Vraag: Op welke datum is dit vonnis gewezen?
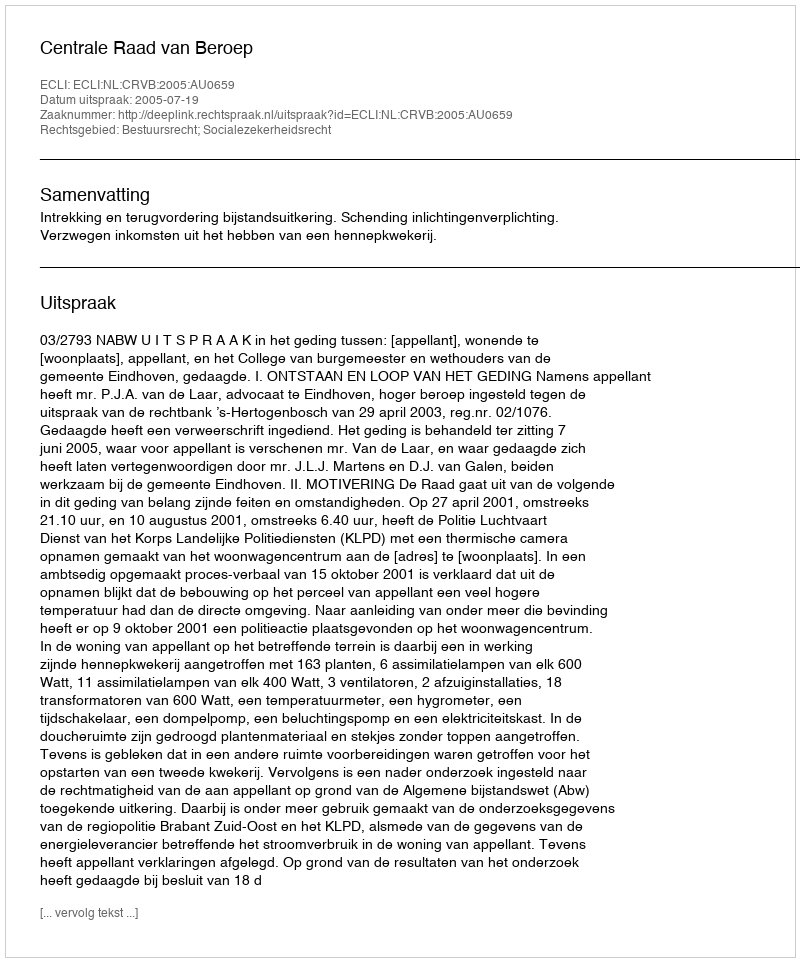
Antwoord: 2005-07-19